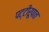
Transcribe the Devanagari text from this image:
पट्टीरूपात